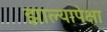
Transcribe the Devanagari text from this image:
झाल्यापेक्षा